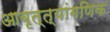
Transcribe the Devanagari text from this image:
आवृत्त्यांगणिक